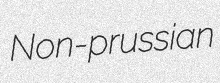
Non-prussian